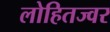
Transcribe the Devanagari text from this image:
लोहितज्वर